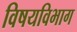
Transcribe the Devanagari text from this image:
विषयविभाग